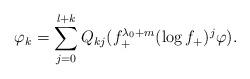
LaTeX: \begin{align*}\varphi_k = \sum_{j=0}^{l+k} Q_{kj}(f_+^{\lambda_0+ m}(\log f_+)^j\varphi). \end{align*}